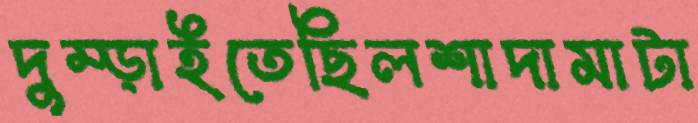
দুম্‌ড়াইতেছিলশাদামাটা